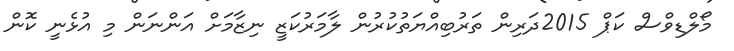
މޯލްޑިވްސް ކަޕް 2015ދަރިން ތަރުބިއްޔަތުކުރުން ލާމަރުކަޒީ ނިޒާމަށް އަންނަން މި އުޅެނީ ކޮން